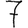
Digit: 7